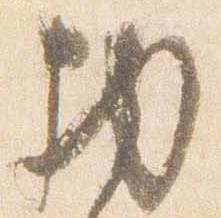
物